Leaving Certificate, 1900
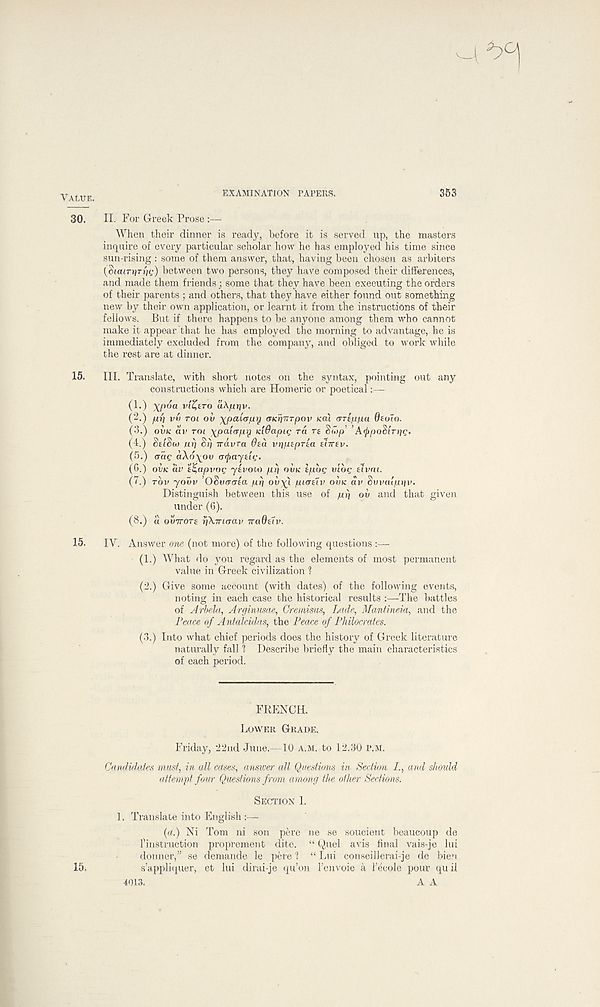
VALTJE.
EXAMINATION PAPERS.
353
30.
II. For Greek Prose :—
When their dinner is ready, before it is served up, the masters
inquire of every particular scholar how he has employed his time since
sun-rising : some of them answer, that, having been chosen as arbiters
{SiaiTtfTriz) between two persons, they have composed their differences,
and made them friends; some that they have been executing the orders
of their parents ; and others, that they have either found out something
new by their own application, or learnt it from tlie instructions of their
fellows. But if there happens to be anyone among them who cannot
make it appear that he has employed the morning to advantage, he is
immediately excluded from the company, and obliged to work while
the rest are at dinner.
15.
III. Translate, with short notes on the syntax, pointing out any
constructions which are Homeric or poetical: --
(1.)
V'&TO aAp»}v.
(2.) fir] vv rot ov xpcucpurj aKriUTpov /cat crTtfifia dtoio.
(3.) OVK av rot xpaiapy Kidapig ra re Swp’ 'A^poStrije*
(4.) StlSw urj di] TTavra 0ed vtipzprZa UTTZV.
(5.) <rae aAdyoo crijmyzii;.
(6.) OVK av zZapvog yzvoio prj OVK zpbc vlbi- zlvm.
(7.) TOV yovv ’OSvaiTza jurj oiiyl piazlv OVK dv Svvalptiv.
Distinguish between this use of pi) ov and that given
under (6).
(8.) a OVTTOTZ riXiricrav iraOzlv.
15.
IY. Answer one (not more) of the following questions
(1.) What do you regard as the elements of most permanent
value in Greek civilization 1
(2.) Give some account (with dates) of the following events,
noting in each case the historical results :—-The battles
of Arbela, Arginnsae, Cremims, Lade, Mantineia, and the
Peace of Antalcidas, the Peace of Philocrates.
(3.) Into what chief periods does the history of Greek literature
naturally fall ? Describe briefly the main characteristics
of each period.
FRENCH,
LOWER GRADE.
Friday, 22nd June.—10 A.M. to 12.30 P.M.
Candidates must, in all cases, answer all Questions in Section /., and should
attempt four Questions from among the other Sections.
SECTION 1.
1. Translate into English
(a.) Ni Tom ni son pere ne se soucient beaucoup de
^instruction proprement dite. “ Quel avis final vais-je lui
donner,” se demande le pere 1 “ Lui conseillerai-je de Men
s’appliquer, et lui dirai-je qu’on I’envoie a I’ecole pout qu il
A A
15.
4013.